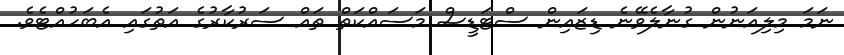
ނަމަ މިލިއަނުން ގުނާލެވޭނެ ޑިޒައިން ސްޓަޑީސް މަސައްކަތް ތައް ސަރުކާރުގެ އަތުގައި އެބަހުއްޓެވެ.